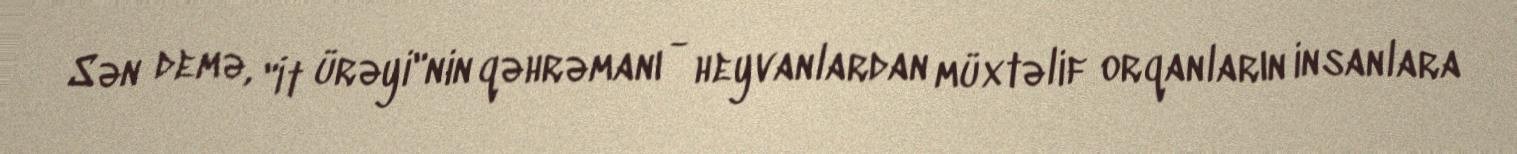
Sən demə, "İt ürəyi"nin qəhrəmanı - heyvanlardan müxtəlif orqanların insanlara